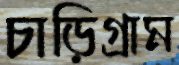
চাড়িগ্রাম